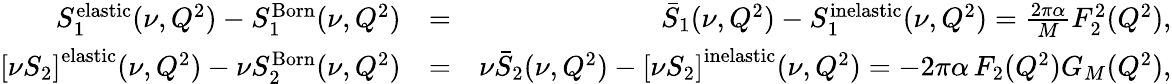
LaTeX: \begin{array}{rlr}{S_{1}^{\mathrm{elastic}}(\nu,Q^{2})-S_{1}^{\mathrm{Born}}(\nu,Q^{2})}&{=}&{\bar{S}_{1}(\nu,Q^{2})-S_{1}^{\mathrm{inelastic}}(\nu,Q^{2})=\frac{2\pi\alpha}{M}F_{2}^{2}(Q^{2}),}\\ {\left[\nu S_{2}\right]^{\mathrm{elastic}}(\nu,Q^{2})-\nu S_{2}^{\mathrm{Born}}(\nu,Q^{2})}&{=}&{\nu\bar{S}_{2}(\nu,Q^{2})-\left[\nu S_{2}\right]^{\mathrm{inelastic}}(\nu,Q^{2})=-2\pi\alpha\, F_{2}(Q^{2})G_{M}(Q^{2}),}\end{array}